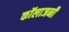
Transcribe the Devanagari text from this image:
कॉलाजनी